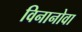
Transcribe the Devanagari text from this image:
विनानोवा